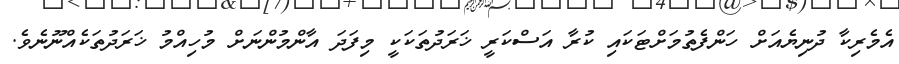
އެމެރިކާ ދުނިޔެއަށް ހަންފެތުމަށްޓަކައި ކުރާ އަސްކަރީ ޚަރަދުތަކަކީ މިފަދަ އާންމުންނަށް މުހިއްމު ޚަރަދުތަކެއްނޫނެވެ.